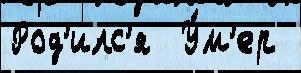
Род'илс'я  У́м'ер